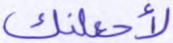
لأجعلنك